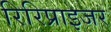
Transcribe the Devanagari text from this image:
रिरिप्राइजर